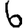
Digit: 6